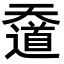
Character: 𡚑